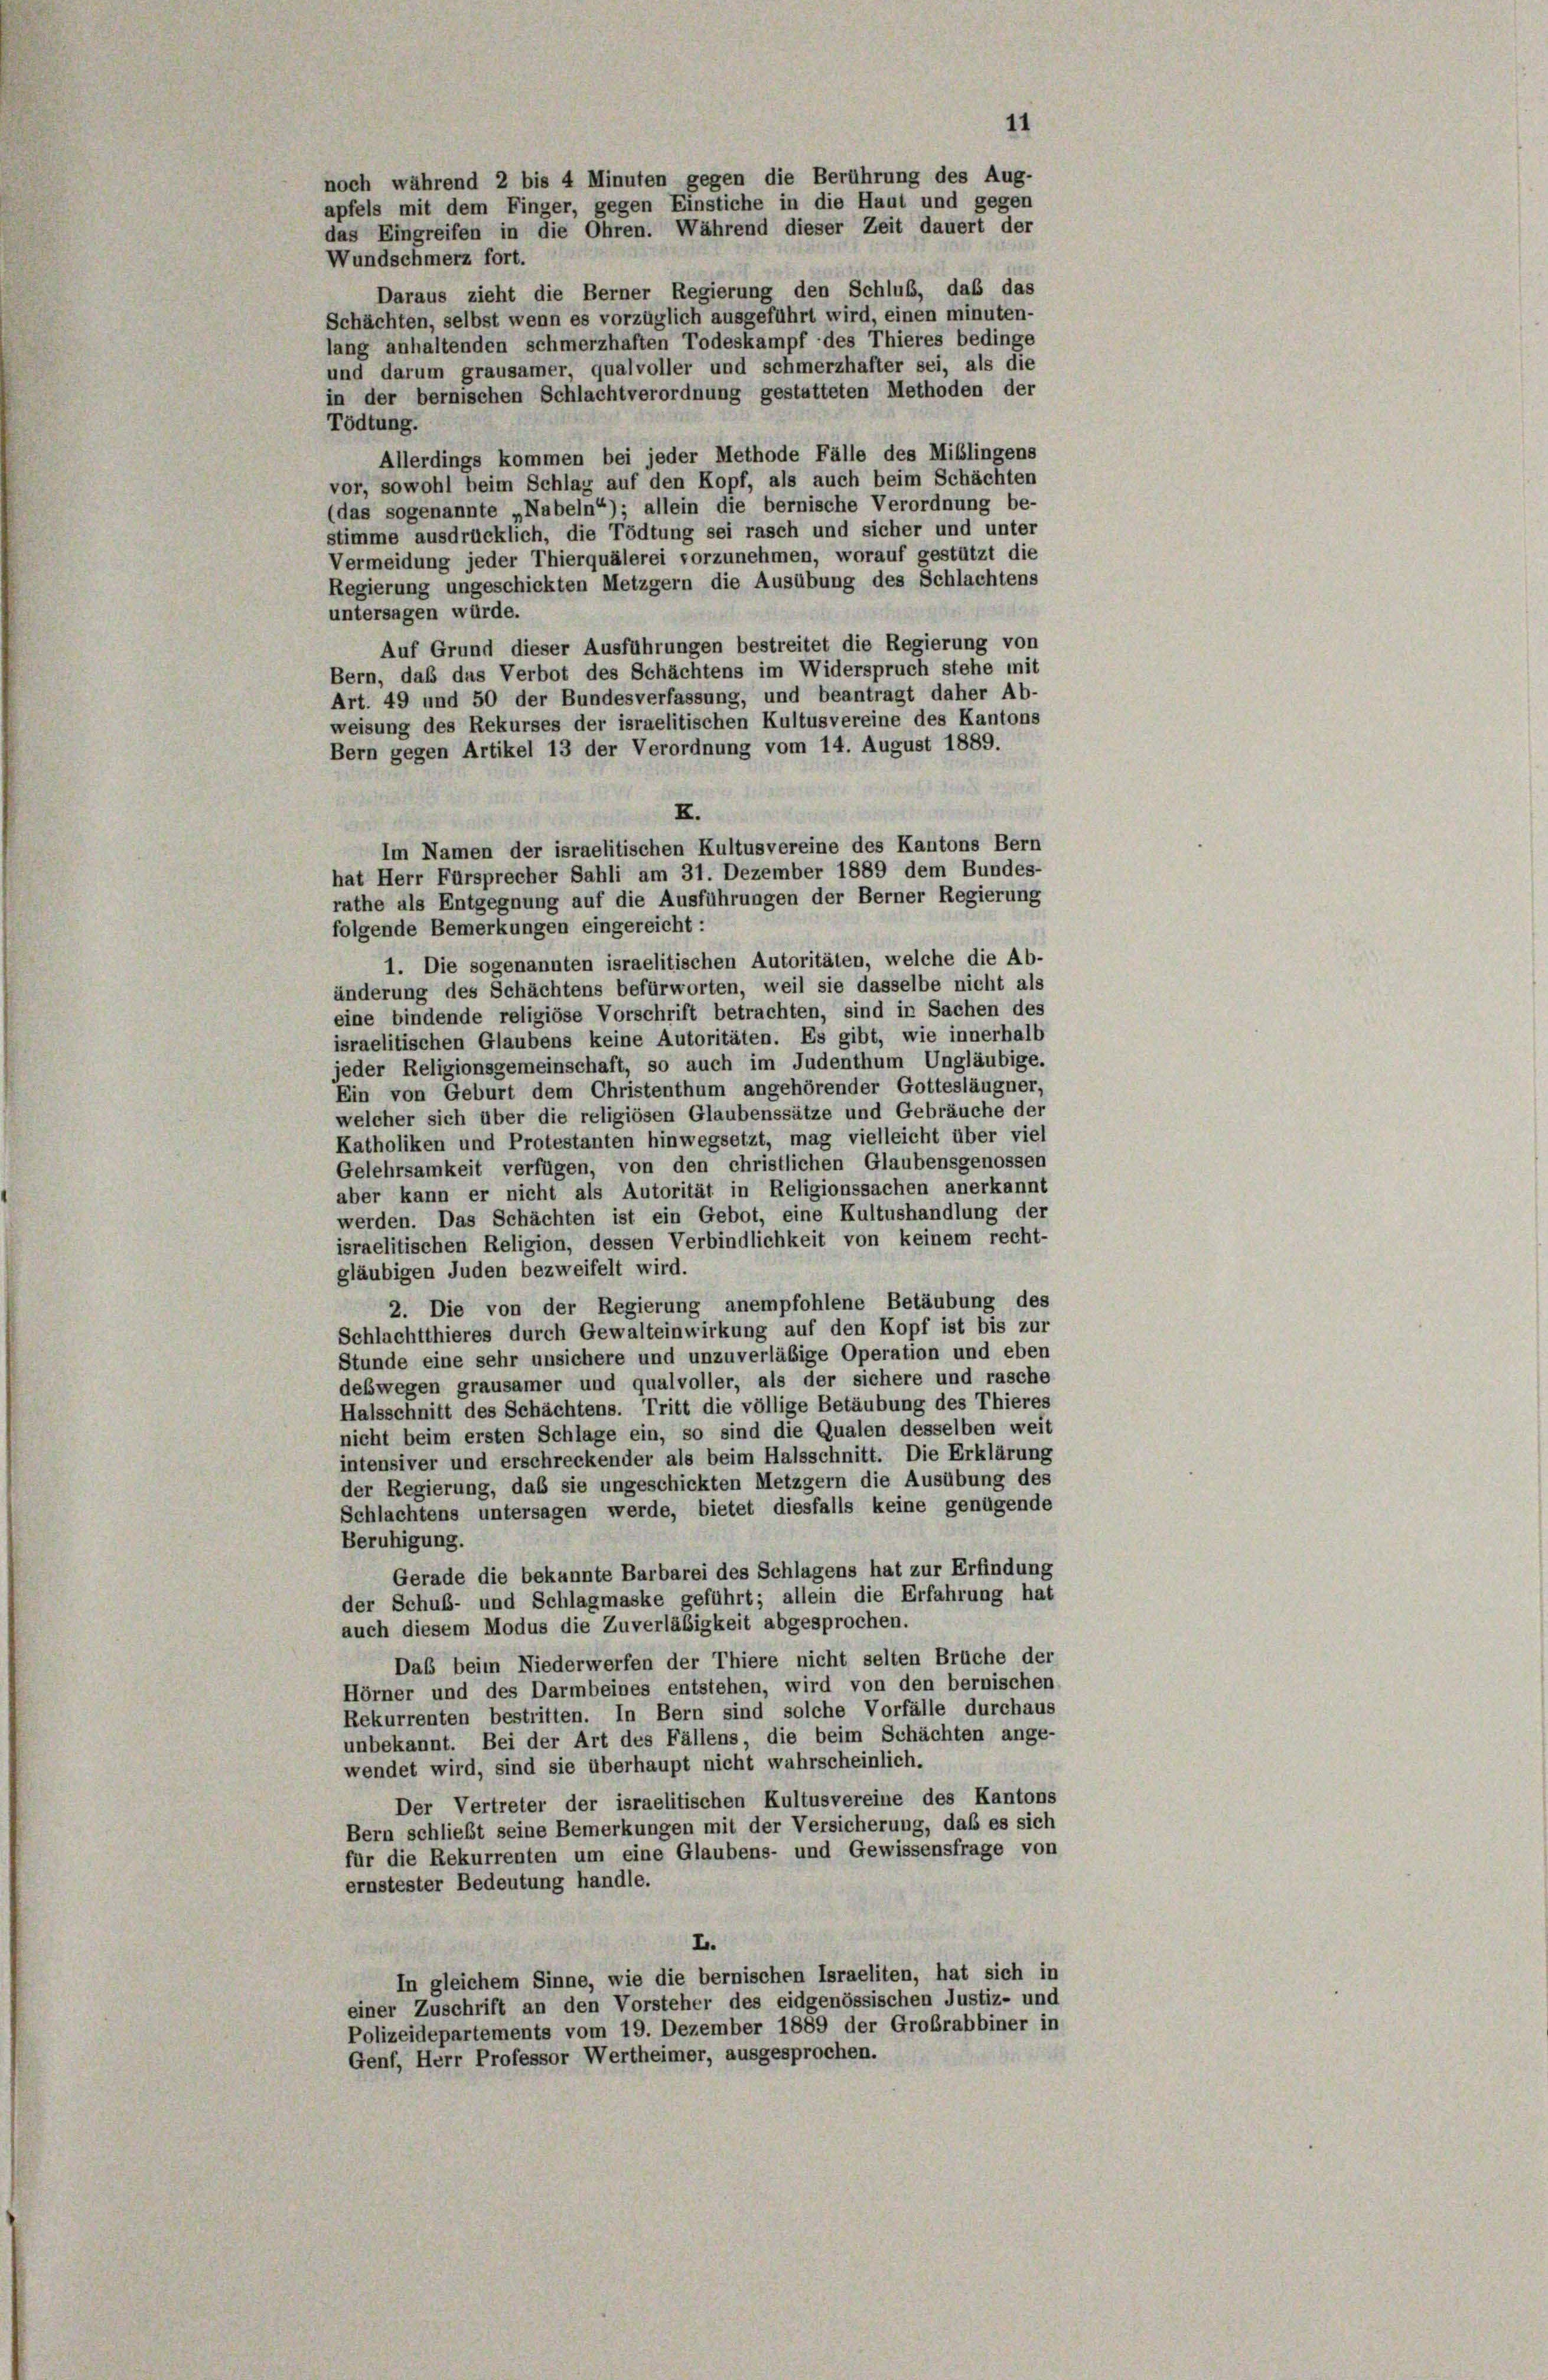
Wundschmerz fort.
Daraus zieht die Berner Regierung den Schluß, das das
Schächten, selbst wenn es vorzüglich ausgeführt wird, einen minuten-
lang anhaltenden schmerzhaften Todeskampf des Thieres bedinge
und darum grausamer, qualvoller und schmerzhafter sei, als die
in der bernischen Schlachtverordnung gestatteten Methoden der
Tödtung.
Allerdings kommen bei jeder Methode Fälle des Miblingens
vor, sowohl beim Schlag auf den Kopf, als auch beim Schächter
(das sogenannte „Nabeln“); allein die bernische Verordnung be-
stimme ausdrücklich, die Tödtung sei rasch und sicher und unter
Vermeidung jeder Thierquälerei vorzunehmen, worauf gestützt die
Regierung ungeschickten Metzgern die Ausübung des Schlachtens
untersagen würde.
Auf Grund dieser Ausführungen bestreitet die Regierung von
Bern, daß das Verbot des Schächtens im Widerspruch stehe mit
Art. 49 und 50 der Bundesverfassung, und beantragt daher Ab-
weisung des Rekurses der israelitischen Kultusvereine des Kantons
Bern gegen Artikel 13 der Verordnung vom 14. August 1889.
X.
Im Namen der israelitischen Kultusvereine des Kantons Bern
hat Herr Fürsprecher Sahli am 31. Dezember 1889 dem Bundes-
rathe als Entgegnung auf die Ausführungen der Berner Regierung
folgende Bemerkungen eingereicht:
1. Die sogenannten israelitischen Autoritäten, welche die Ab-
änderung des Schächtens befürworten, weil sie dasselbe nicht als
eine bindende religiöse Vorschrift betrachten, sind in Sachen des
israelitischen Glaubens keine Autoritäten. Es gibt, wie innerhalb
jeder Religionsgemeinschaft, so auch im Judenthum Ungläubige.
Ein von Geburt dem Christenthum angehörender Gottesläugner,
welcher sich über die religiösen Glaubenssätze und Gebräuche der
Katholiken und Protestanten hinwegsetzt, mag vielleicht über viel
Gelehrsamkeit verfügen, von den christlichen Glaubensgenossen
aber kann er nicht als Autorität in Religionssachen anerkannt
werden. Das Schächten ist ein Gebot, eine Kultushandlung der
israelitischen Religion, dessen Verbindlichkeit von keinem recht-
gläubigen Juden bezweifelt wird.
2. Die von der Regierung anempfohlene Betäubung des
Schlachtthieres durch Gewalteinwirkung auf den Kopf ist bis zur
Stunde eine sehr unsichere und unzuverläßige Operation und eben
deswegen grausamer und qualvoller, als der sichere und rasche
Halsschnitt des Schächtens. Tritt die völlige Betäubung des Thieres
nicht beim ersten Schlage ein, so sind die Qualen desselben weit
intensiver und erschreckender als beim Halsschnitt. Die Erklärung
der Regierung, daß sie ungeschickten Metzgern die Ausübung des
Schlachtens untersagen werde, bietet diesfalls keine genügende
Beruhigung.
Gerade die bekannte Barbarei des Schlagens hat zur Erfindung
der Schub- und Schlagmaske geführt; allein die Erfahrung hat
auch diesem Modus die Zuverläßigkeit abgesprochen.
Das beim Niederwerfen der Thiere nicht selten Brüche der
Hörner und des Darmbeines entstehen, wird von den bernischen
Rekurrenten bestritten. In Bern sind solche Vorfälle durchaus
unbekannt. Bei der Art des Fällens, die beim Schächten ange-
wendet wird, sind sie überhaupt nicht wahrscheinlich.
Der Vertreter der israelitischen Kultusvereine des Kantons
Bern schließt seine Bemerkungen mit der Versicherung, daß es sich
für die Rekurrenten um eine Glaubens- und Gewissensfrage von
ernstester Bedeutung handle.
L.
In gleichem Sinne, wie die bernischen Israeliten, hat sich in
einer Zuschrift an den Vorsteher des eidgenössischen Justiz- und
Polizeidepartements vom 19. Dezember 1889 der Großrabbiner in
Genf, Herr Professor Wertheimer, ausgesprochen.

noch während 2 bis 4 Minuten gegen die Berührung des Aug-
apfels mit dem Finger, gegen Einstiche in die Haut und gegen
das Eingreifen in die Ohren. Während dieser Zeit dauert der

11